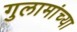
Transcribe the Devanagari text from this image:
गुलामांच्या